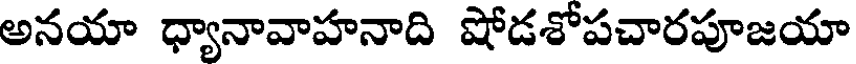
అనయా ధ్యానావాహనాది షోడశోపచారపూజయా